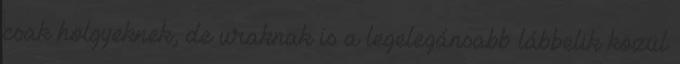
csak hölgyeknek, de uraknak is a legelegánsabb lábbelik közül